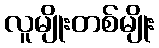
လူမျိုးတစ်မျိုး